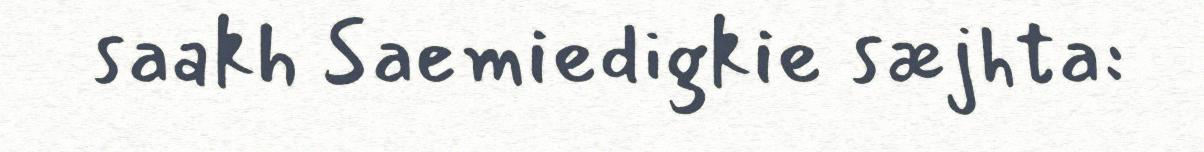
saakh Saemiedigkie sæjhta: